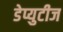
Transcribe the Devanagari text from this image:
डेप्युटीज